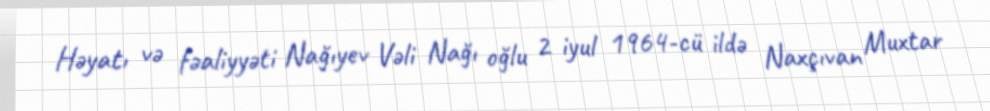
Həyatı və fəaliyyəti Nağıyev Vəli Nağı oğlu 2 iyul 1964-cü ildə Naxçıvan Muxtar